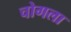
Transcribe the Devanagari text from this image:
चोगला